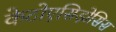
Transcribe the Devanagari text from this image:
केटोएसिड़ोसिस